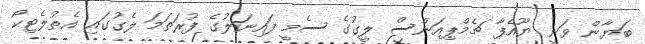
ބަޔާން ވަނީ ޔޫއެފާ ޗެމްޕިއަންސް ލީގުގެ ސެމީ ފައިނަލުގެ ފުރަތަމަ ލެގުގައި އެތުލެޓިކޯ